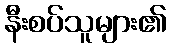
နီးစပ်သူများ၏